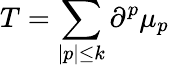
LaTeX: T=\sum_{|p|\leq k}\partial^{p}\mu_{p}